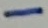
Text: -